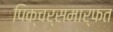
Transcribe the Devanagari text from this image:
पिक्चर्समार्फत